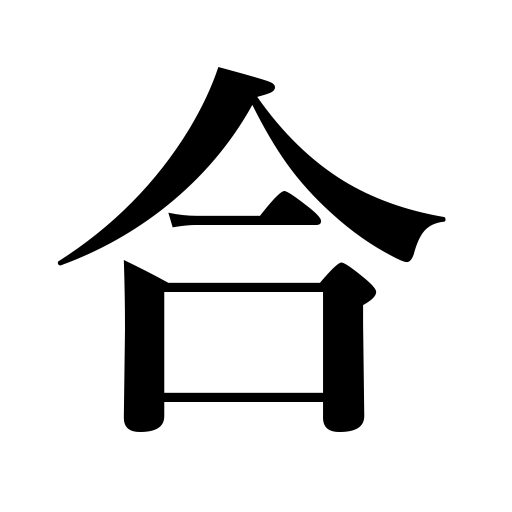
Meanings: agree with,combine,suit,mix,overlap,join together,check with,be correct,connect,be profitable,face,unite,be opposite,fit,pay,add up,one-tenth,compare,match